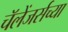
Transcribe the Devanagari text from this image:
चॅलेंजर्सच्या